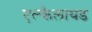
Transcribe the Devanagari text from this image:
एल्कैलायड